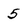
Character: 5